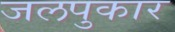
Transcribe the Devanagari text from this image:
जलपुकार